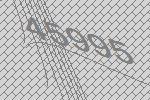
45995